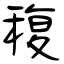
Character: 稪